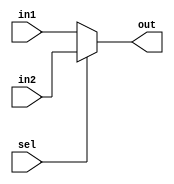
`timescale 1ns / 1ps
//////////////////////////////////////////////////////////////////////////////////
// Company: 
// Engineer: 
// 
// Design Name: 
// Module Name: Mux
// Project Name: 
// Target Devices: 
// Tool Versions: 
// Description: 
// 
// Dependencies: 
// 
// Revision:
// Revision 0.01 - File Created
// Additional Comments:
// 
//////////////////////////////////////////////////////////////////////////////////


module Mux(input [31:0] in1, in2,
           input sel,
           output reg [31:0] out);
           
always @(in1, in2, sel, out)
begin
    if(sel)
        begin
            out = in2;
        end
    else
        begin
            out = in1;
        end
end
endmodule